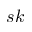
s k